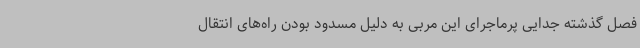
فصل گذشته جدایی پرماجرای این مربی به دلیل مسدود بودن راه‌های انتقال